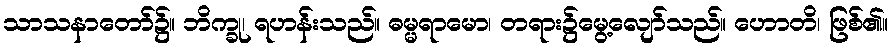
သာသနာတော်၌။ ဘိက္ခု၊ ရဟန်းသည်။ ဓမ္မရာမော၊ တရား၌မွေ့လျော်သည်။ ဟောတိ၊ ဖြစ်၏။